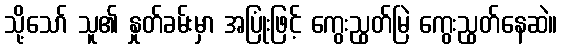
သို့သော် သူ၏ နှုတ်ခမ်းမှာ အပြုံးဖြင့် ကွေးညွတ်မြဲ ကွေးညွတ်နေဆဲ။